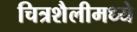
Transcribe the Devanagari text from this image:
चित्रशैलीमध्ये